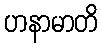
ဟနာမာတိ